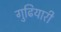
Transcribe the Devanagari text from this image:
गुढियारी